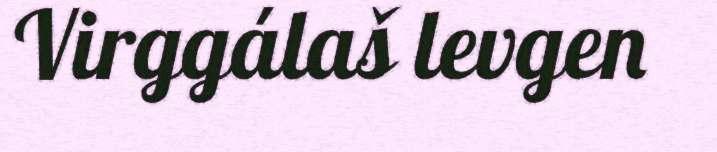
Virggálaš levgen